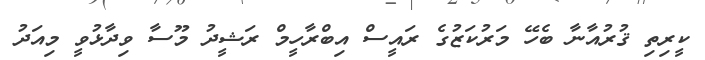
ކީރިތި ޤުރުއާނާ ބެހޭ މަރުކަޒުގެ ރައީސް އިބްރާހީމް ރަޝީދު މޫސާ ވިދާޅުވީ މިއަދު